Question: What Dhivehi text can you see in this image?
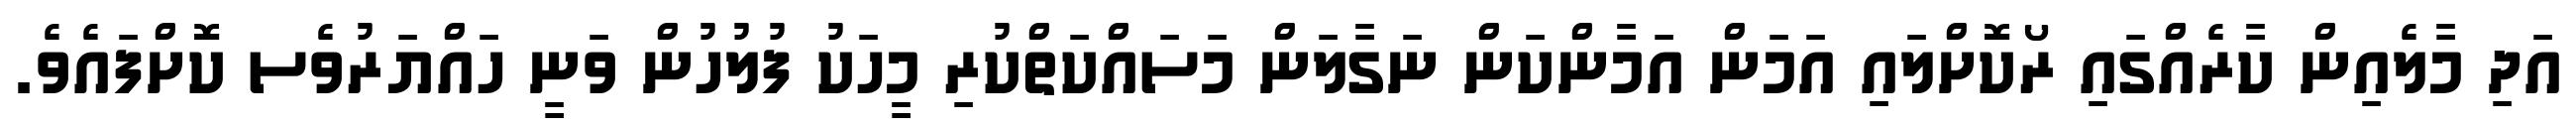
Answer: އަދި މާލެއިން ކާރެއްގައި ރޯކޮށްލައި އަމަން އަމާންކަން ނަގާލަން މަސައްކަތްކުރި މީހަކު ފުލުހުން ވަނީ ހައްޔަރުވެސ ކޮށްފައެވެ.